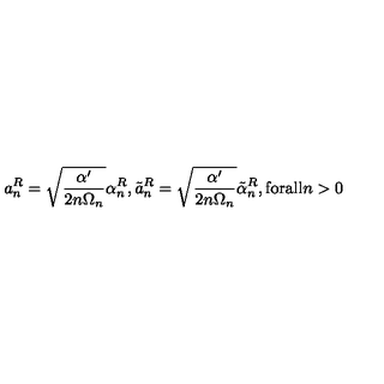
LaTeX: a _ { n } ^ { R } = \sqrt { \frac { \alpha ^ { \prime } } { 2 n \Omega _ { n } } } \alpha _ { n } ^ { R } , \tilde { a } _ { n } ^ { R } = \sqrt { \frac { \alpha ^ { \prime } } { 2 n \Omega _ { n } } } \tilde { \alpha } _ { n } ^ { R } , \mathrm { f o r a l l } n > 0